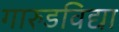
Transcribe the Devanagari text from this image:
गारुडविद्या